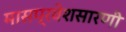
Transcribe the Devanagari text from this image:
मासप्रवेशसारणी